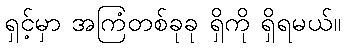
ရှင့်မှာ အကြံတစ်ခုခု ရှိကို ရှိရမယ်။